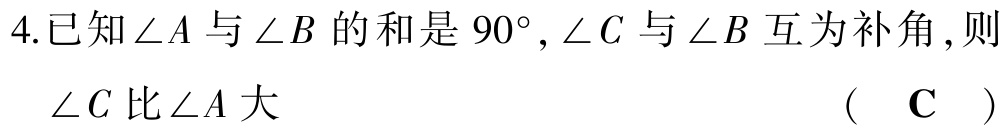
4.已知\(\angle A\)与\(\angle B\)的和是\(90^{\circ},\angle C\)与\(\angle B\)互为补角,则\(\angle C\)比\(\angle A\)大 （ C ）